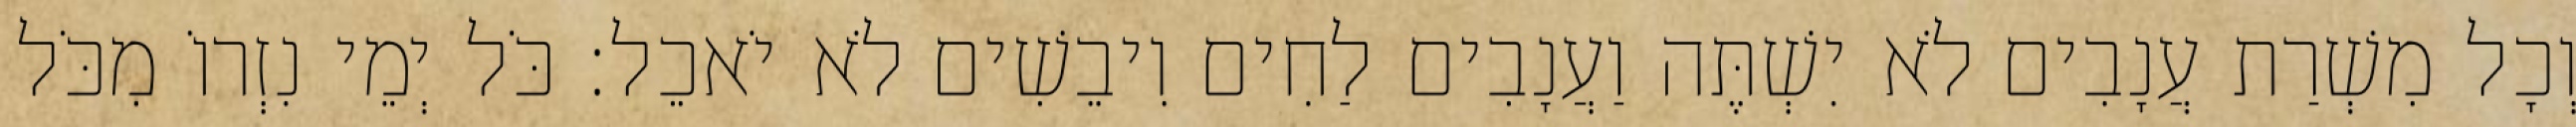
וְכָל מִשְׁרַת עֲנָבִים לֹא יִשְׁתֶּה וַעֲנָבִים לַחִים וִיבֵשִׁים לֹא יֹאכֵל׃ כֹּל יְמֵי נִזְרוֹ מִכֹּל